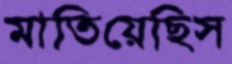
মাতিয়েছিস